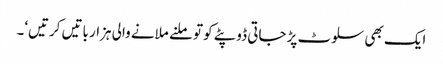
ایک بھی سلوٹ پڑ جاتی ڈوپٹے کو تو ملنے ملانے والی ہزار باتیں کرتیں‘۔